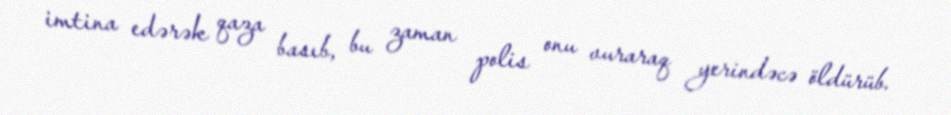
imtina edərək qaza basıb, bu zaman polis onu vuraraq yerindəcə öldürüb.